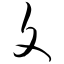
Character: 文